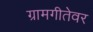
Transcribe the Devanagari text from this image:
ग्रामगीतेवर